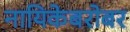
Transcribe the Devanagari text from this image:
नायिकेबरोबर